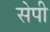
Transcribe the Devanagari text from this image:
सेपी